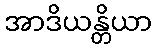
အာဒိယန္တိယာ